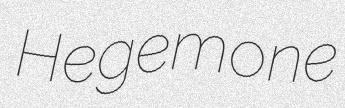
Hegemone